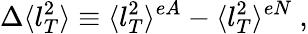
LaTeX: \Delta\langle l_{T}^{2}\rangle\equiv\langle l_{T}^{2}\rangle^{eA}-\langle l_{T}^{2}\rangle^{eN}\ ,